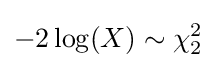
-2\log(X)\sim \chi _{2}^{2}